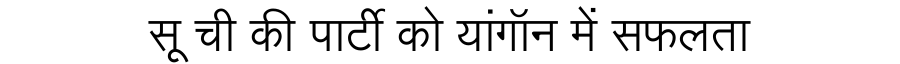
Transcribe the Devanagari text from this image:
सू ची की पार्टी को यांगॉन में सफलता